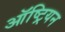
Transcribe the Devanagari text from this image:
ऑष्ट्रियन